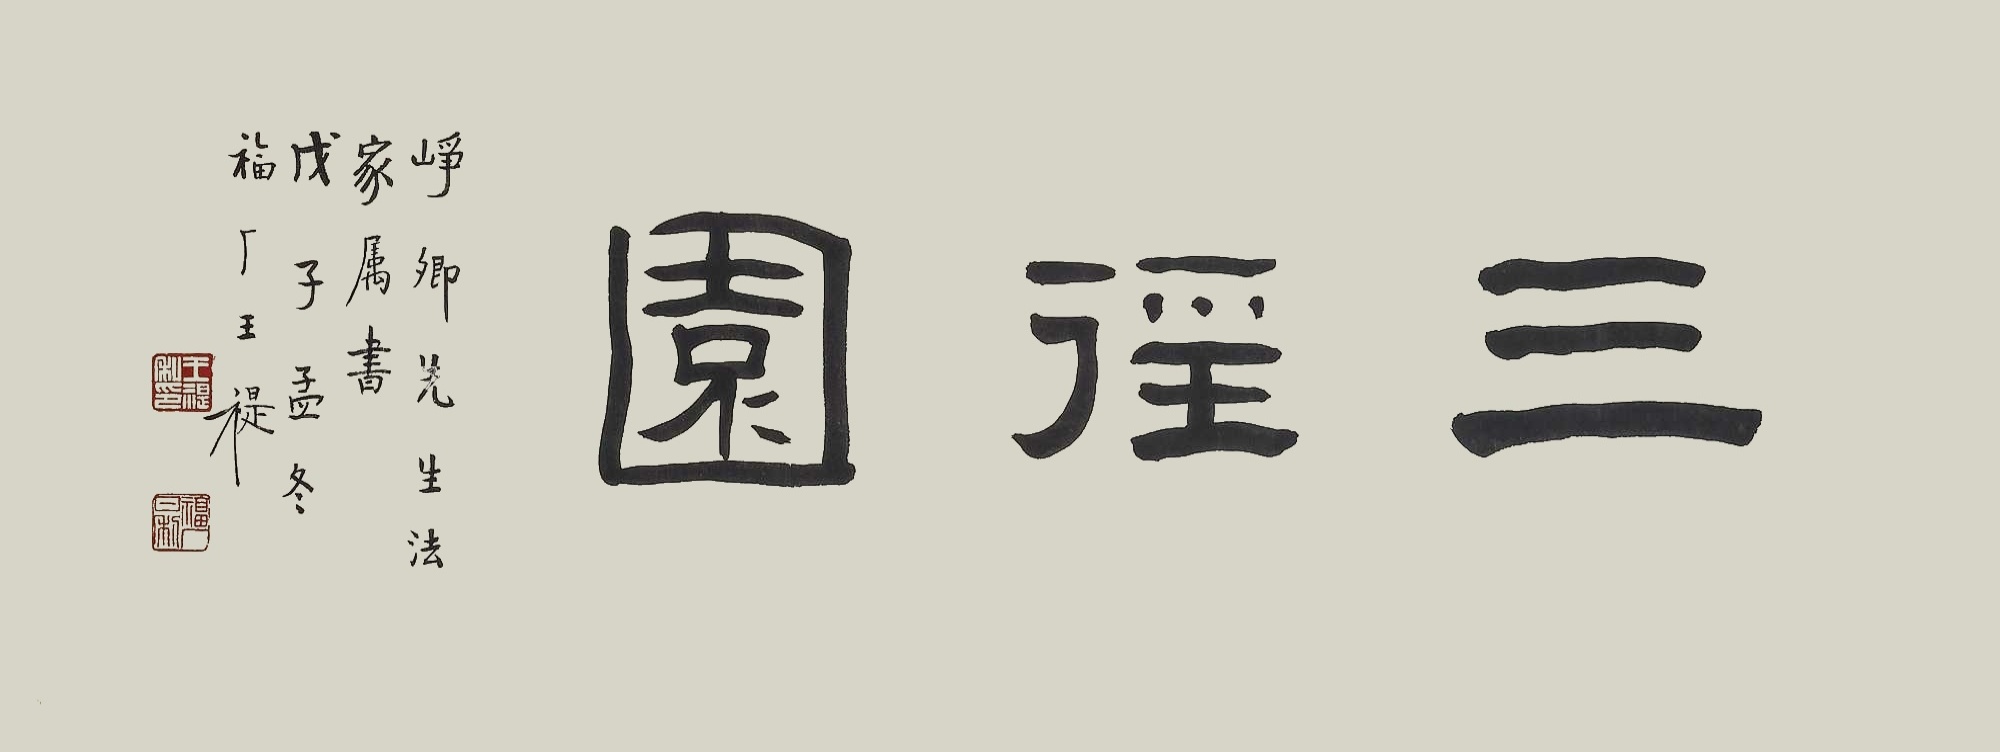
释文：三径园。峥卿先生法家属书，戊子孟冬福厂王禔。